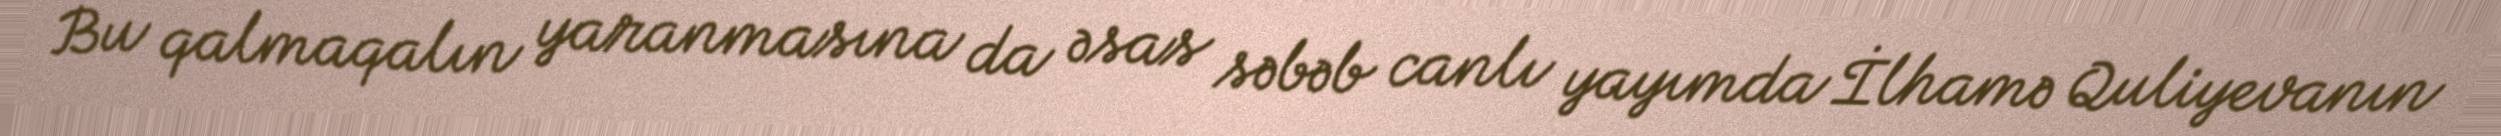
Bu qalmaqalın yaranmasına da əsas səbəb canlı yayımda İlhamə Quliyevanın